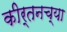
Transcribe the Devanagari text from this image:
कीर्तनच्या